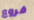
فروع